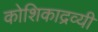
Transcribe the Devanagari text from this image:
कोशिकाद्रव्यी